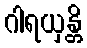
ဂါရယှန္တိ